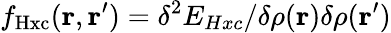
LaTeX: f_{\mathrm{Hxc}}(\mathbf{r},\mathbf{r}^{\prime})=\delta^{2}E_{Hxc}/\delta\rho(\mathbf{r})\delta\rho(\mathbf{r}^{\prime})